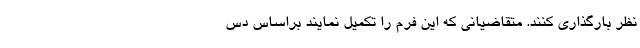
نظر بارگذاری کنند. متقاضیانی که این فرم را تکمیل نمایند براساس دس